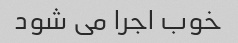
خوب اجرا می شود